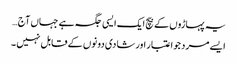
یہ پہاڑوں کے بیچ ایک ایسی جگہ ہے جہاں آج …
ایسے مرد جو اعتبار اور شادی دونوں کے قابل نہیں ۔